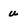
Character: u